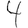
Digit: 4